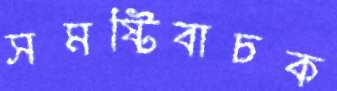
সমষ্টিবাচক